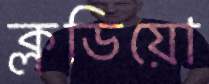
ক্লডিয়ো